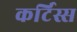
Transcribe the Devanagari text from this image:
कर्टिस्स